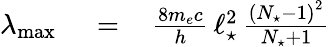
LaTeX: \begin{array}{rlr}{\lambda_{\mathrm{max}}\, }&{{}=}&{\, \frac{8m_{e}c}{h}\, \ell_{\star}^{2}\, \frac{\left(N_{\star}-1\right)^{2}}{N_{\star}+1}}\end{array}